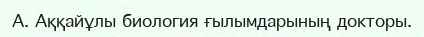
А. Аққайұлы биология ғылымдарының докторы.